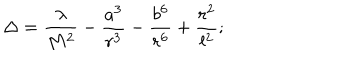
\Delta = \frac { \lambda } { M ^ { 2 } } - \frac { a ^ { 3 } } { r ^ { 3 } } - \frac { b ^ { 6 } } { r ^ { 6 } } + \frac { r ^ { 2 } } { l ^ { 2 } } ;